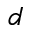
d